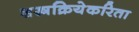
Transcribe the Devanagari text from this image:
शस्त्रक्रियेकरिता